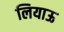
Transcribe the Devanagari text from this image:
लियाऊ